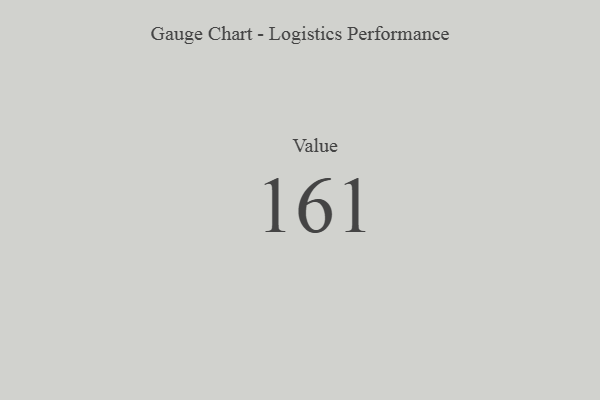
{"axis": {"x": "Metric", "y": "Value"}, "legend": [""], "data": [{"x": "Value", "y": 161, "type": ""}]}